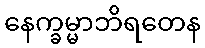
နေက္ခမ္မာဘိရတေန